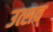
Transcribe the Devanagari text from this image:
उत्सव्